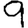
Digit: 9